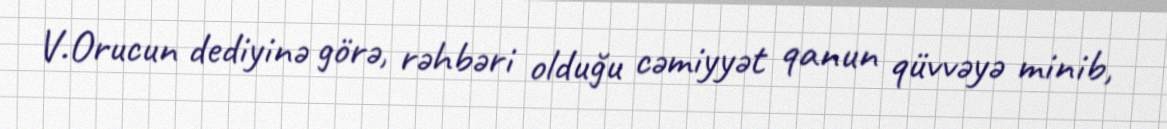
V.Orucun dediyinə görə, rəhbəri olduğu cəmiyyət qanun qüvvəyə minib,